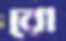
রো